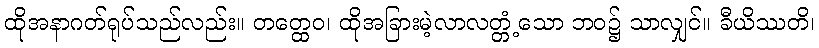
ထိုအနာဂတ်ရုပ်သည်လည်း။ တတ္ထေဝ၊ ထိုအခြားမဲ့လာလတ္တံ့သော ဘဝ၌ သာလျှင်။ ခီယိဿတိ၊